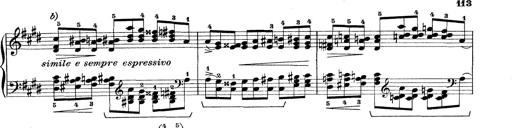
Title: Rapsodie: 19 ungheresi, 1 spagnuola
Composer: Franz Liszt